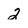
Character: 2